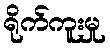
ရိုက်ကူးမှု